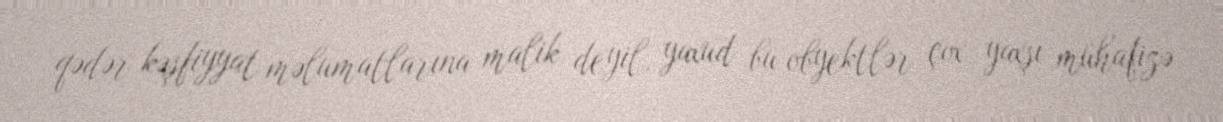
qədər kəşfiyyat məlumatlarına malik deyil, yaxud bu obyektlər çox yaxşı mühafizə